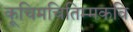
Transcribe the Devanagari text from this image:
कूचिमचितिम्मकवि